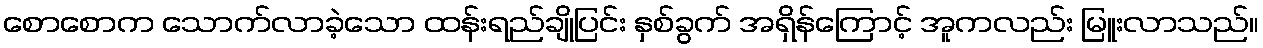
စောစောက သောက်လာခဲ့သော ထန်းရည်ချိုပြင်း နှစ်ခွက် အရှိန်ကြောင့် အူကလည်း မြူးလာသည်။